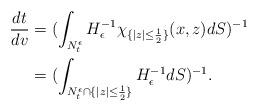
LaTeX: \begin{align*}\frac{dt}{dv}&=(\int_{N^\epsilon_t}H^{-1}_\epsilon \chi_{\{|z|\leq \frac12\}}(x,z)dS)^{-1}\\&=(\int_{N^\epsilon_t \cap \{|z|\leq \frac12\}}H^{-1}_\epsilon dS)^{-1}.\end{align*}